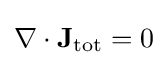
\nabla \cdot \mathbf {J} _{\mathrm {tot} }=0